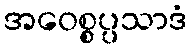
အဝေစ္စပ္ပသာဒံ